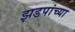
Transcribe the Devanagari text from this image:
झडपांच्या